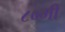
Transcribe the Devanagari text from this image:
८०मी